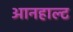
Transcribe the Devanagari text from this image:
आनहाल्ट